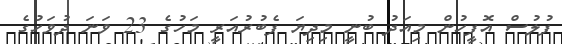
ފުލުސް އޮފީހުން މިއަދު ބުނީ މިދިޔަ ފެބުރުއަރީ މަހުގެ 23 ވަނަ ދުވަހުގެ